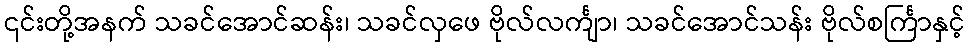
၎င်းတို့အနက် သခင်အောင်ဆန်း၊ သခင်လှဖေ ဗိုလ်လင်္ကျာ၊ သခင်အောင်သန်း ဗိုလ်စင်္ကြာနှင့်